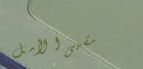
مقهى الأمل